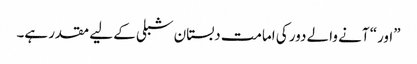
”اور“ آنے والے دور کی امامت دبستان شبلی کے لیے مقدر ہے۔